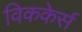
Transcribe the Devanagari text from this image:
विककेर्स